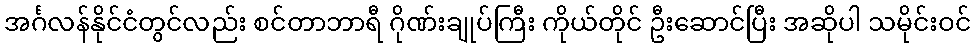
အင်္ဂလန်နိုင်ငံတွင်လည်း စင်တာဘာရီ ဂိုဏ်းချုပ်ကြီး ကိုယ်တိုင် ဦးဆောင်ပြီး အဆိုပါ သမိုင်းဝင်